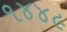
૧૪૪૯